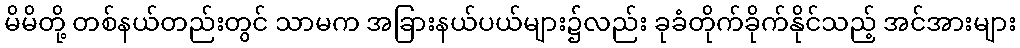
မိမိတို့ တစ်နယ်တည်းတွင် သာမက အခြားနယ်ပယ်များ၌လည်း ခုခံတိုက်ခိုက်နိုင်သည့် အင်အားများ